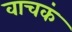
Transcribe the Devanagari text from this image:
वाचकं